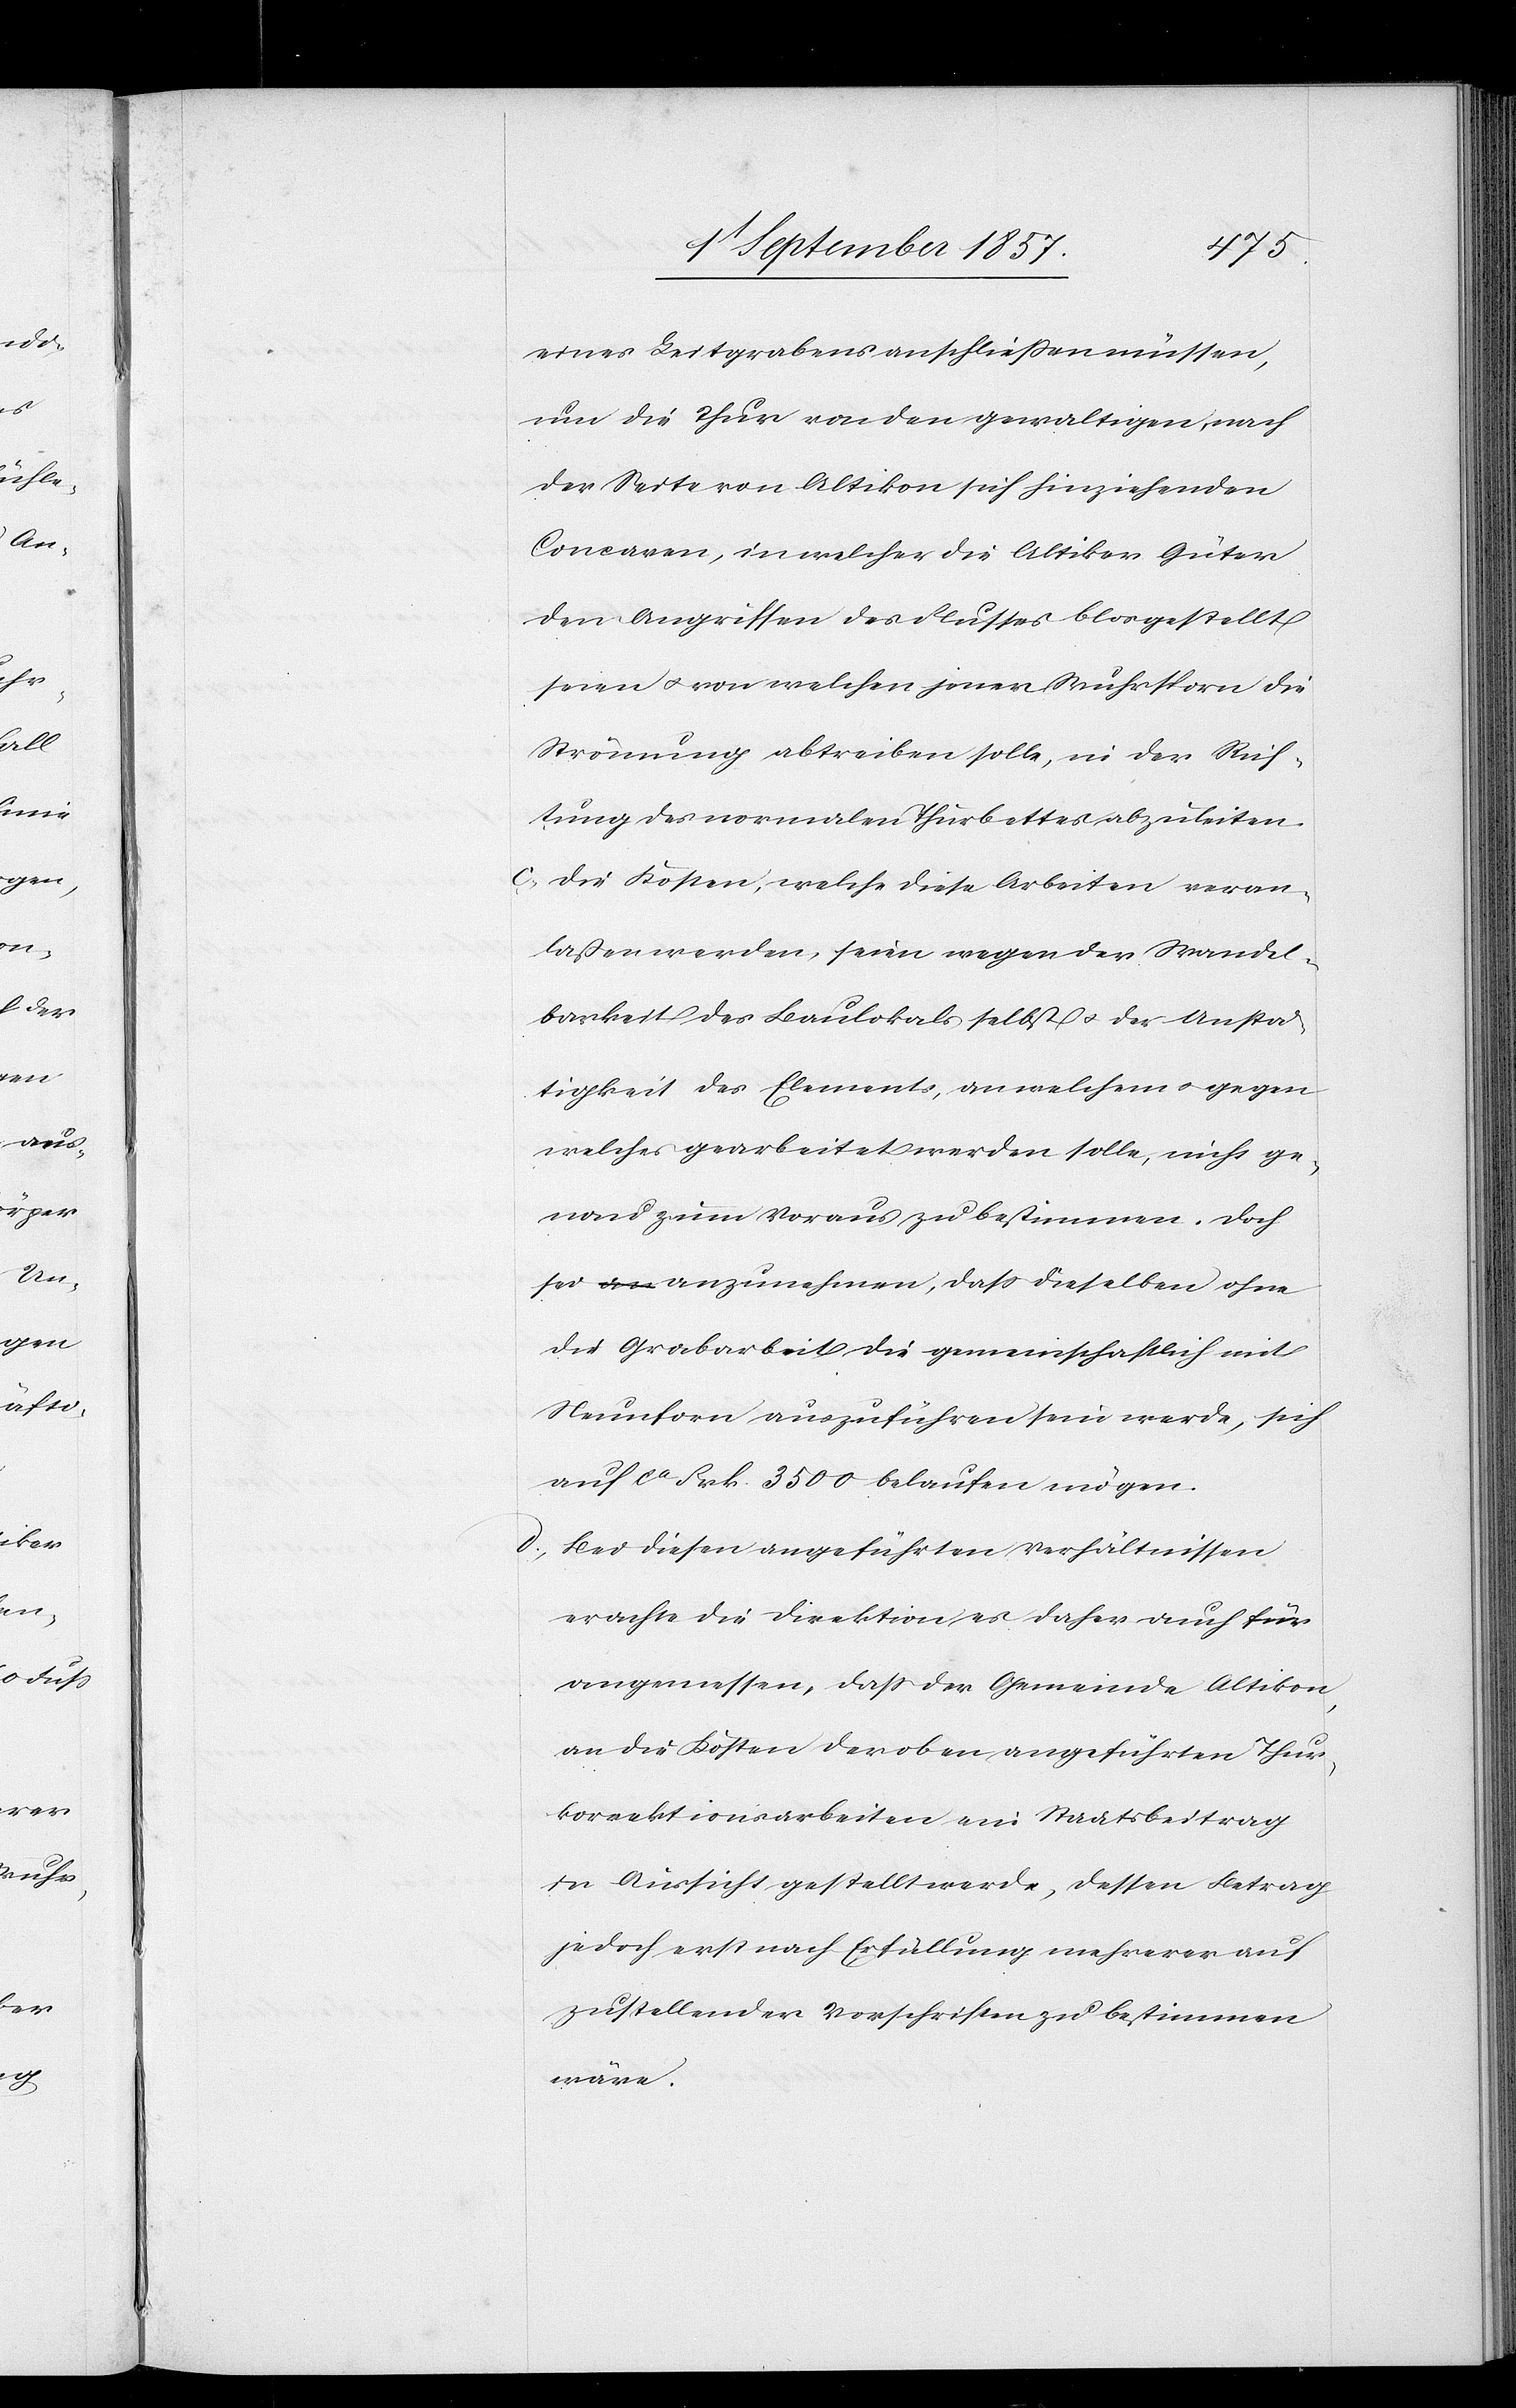
eines Leitgrabens anschließen müssen,
um die Thur von den gewaltigen, nach
der Seite von Altikon sich hinziehenden
Concaven, in welcher die Altiker Güter
den Angriffen des Flusses blosgestellt
seien & von welchen jener Wuhrsporn die
Strömung abtreiben solle, in der Rich¬
tung des normalen Thurbettes, abzuleiten.
c) Die Kosten, welche diese Arbeiten veran¬
laßen werden, seien wegen der Wandel¬
barkeit des Baulokals selbst & der Unste¬
tigkeit des Elements, an welchem & gegen
welches gearbeitet werden solle, nicht ge¬
nau zum Voraus zu bestimmen. Doch
sei anzunehmen, daß dieselben ohne
die Grabarbeit die gemeinschaftlich mit
Neunforn auszuführen sein werde, sich
auf ca Frk. 3500 belaufen mögen.
d) Bei diesen angeführten Verhältnissen
erachte die Direktion es daher auch für
angemessen, daß der Gemeinde Altikon,
an die Kosten der oben angeführten Thur¬
korrektionsarbeiten ein Staatsbeitrag
in Aussicht gestellt werde, dessen Betrag
jedoch erst nach Erfüllung mehrerer auf¬
zustellender Vorschriften zu bestimmen
wäre.